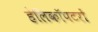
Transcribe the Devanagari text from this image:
हेलिकॉपटरों